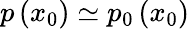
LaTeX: p\left(x_{0}\right)\simeq p_{0}\left(x_{0}\right)